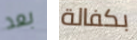
بعد بكفالة